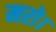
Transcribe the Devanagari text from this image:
मरो।